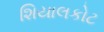
શિયાલકોટ